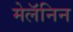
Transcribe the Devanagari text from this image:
मेलॅनिन